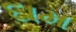
દામ